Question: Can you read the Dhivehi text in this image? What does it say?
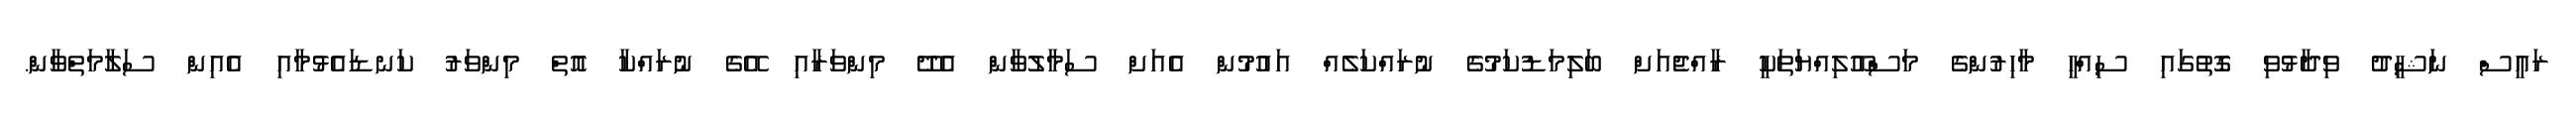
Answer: ރައީސް ނަޝީދު ވިދާޅުވި ގޮތުގައި ސިއްހީ މާހިރުންގެ މަސްއޫލިއްޔަތަކީ ރާއްޖެއަށް ބަލިމަޑުކަމުގެ ނުރައްކަލެއް އައުމުން އެއަށް ސަމާލުވާން އެދޭ މިންވަރާއި އޭގެ ނުރައްކާ އޮތް މިންވަރު ކަނޑައެޅުމާއި އެއިން ސަލާމަތްވާން.